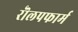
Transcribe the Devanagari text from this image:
रॊलपफार्म